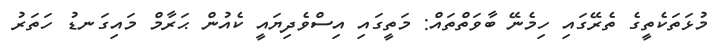
މުޅަތަކެތީގެ ތެރޭގައި ހިމެނޭ ބާވަތްތައް: މަތީގައި އިސްވެދިޔައީ ކެއުން ޙަރާމް މައިގަނޑު ހަތަރު